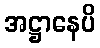
အဋ္ဌာနေပိ